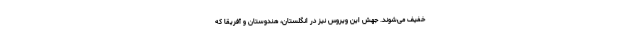
خفیف می‌شوند. جهش این ویروس نیز در انگلستان، هندوستان و آفریقا که